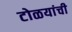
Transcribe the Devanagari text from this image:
टोळयांची